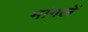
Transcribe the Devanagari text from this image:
मांगलें